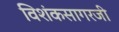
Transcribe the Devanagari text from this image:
विशंकसागरजी